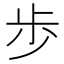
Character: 歩